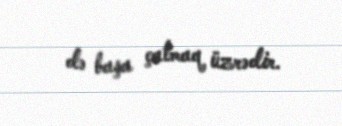
də başa çatmaq üzrədir.